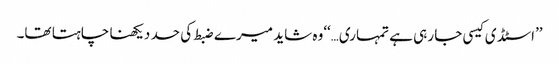
’’اسٹڈی کیسی جا رہی ہے تمہاری…‘‘وہ شاید میرے ضبط کی حد دیکھنا چاہتا تھا۔